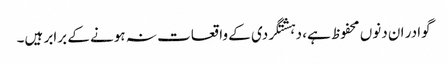
گوادر ان دنوں محفوظ ہے، دہشتگردی کے واقعات نہ ہونے کے برابر ہیں۔